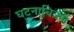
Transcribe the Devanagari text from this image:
घटनाचित्रण